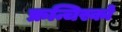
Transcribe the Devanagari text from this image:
फ्रन्चिस्को